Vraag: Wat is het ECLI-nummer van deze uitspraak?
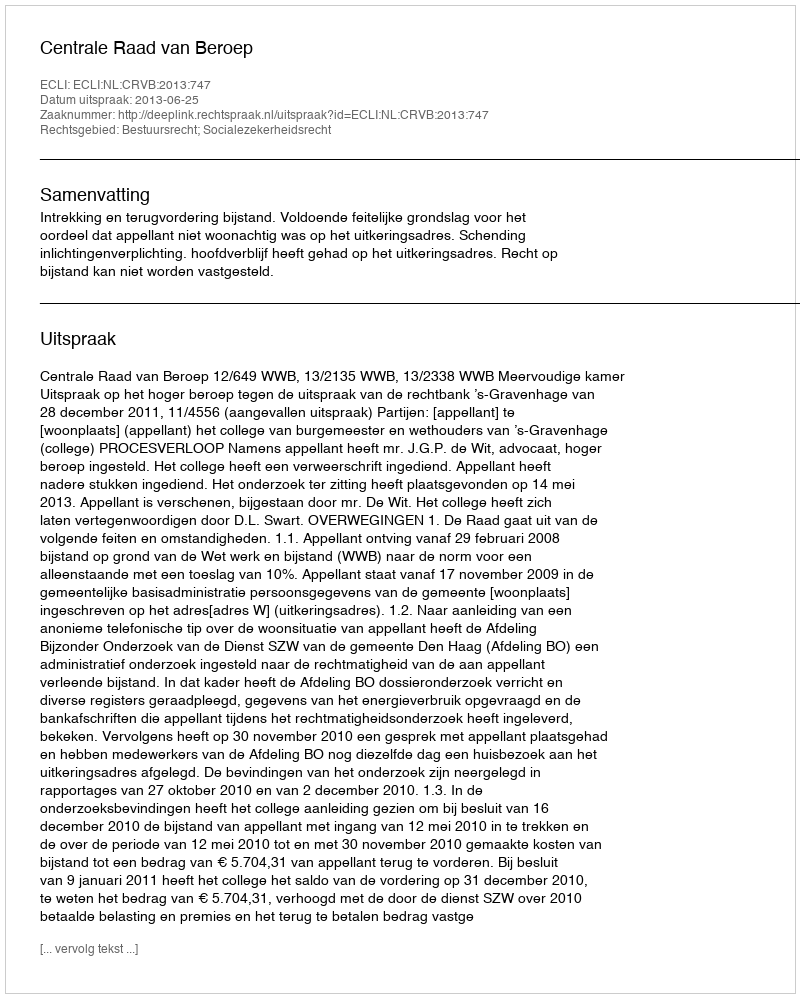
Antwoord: ECLI:NL:CRVB:2013:747